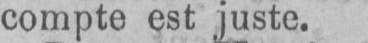
compte est juste.